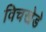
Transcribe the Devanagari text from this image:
विचखेडे